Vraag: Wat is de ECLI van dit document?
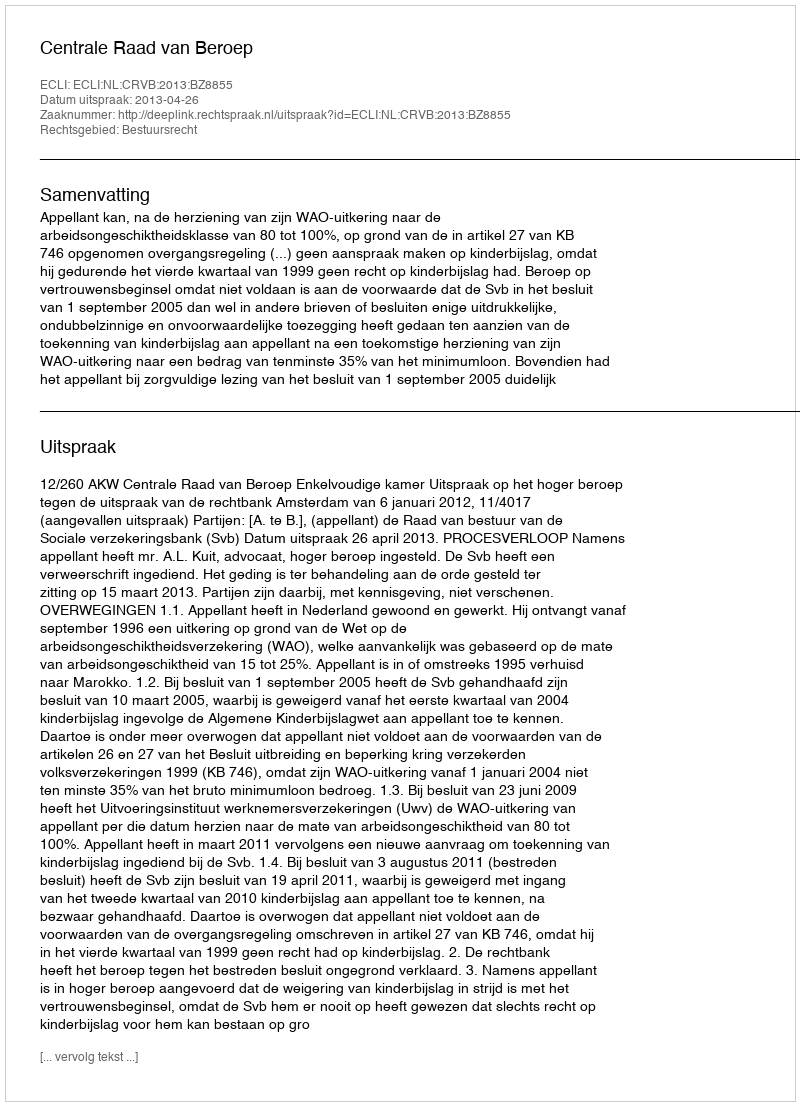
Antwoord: ECLI:NL:CRVB:2013:BZ8855